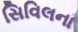
સિવિલના